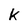
Character: K